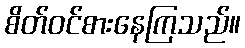
စိတ်ဝင်စားနေကြသည်။